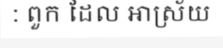
: ពួក ដែល ឤស្រ័យ